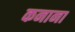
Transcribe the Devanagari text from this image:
कनाना